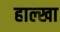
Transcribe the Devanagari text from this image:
हाल्खा